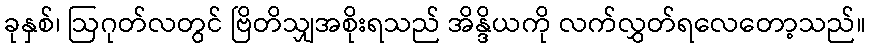
ခုနှစ်၊ ဩဂုတ်လတွင် ဗြိတိသျှအစိုးရသည် အိန္ဒိယကို လက်လွှတ်ရလေတော့သည်။